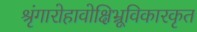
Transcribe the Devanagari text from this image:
श्रृंगारोहावोक्षिभ्रूविकारकृत